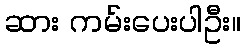
ဆား ကမ်းပေးပါဦး။